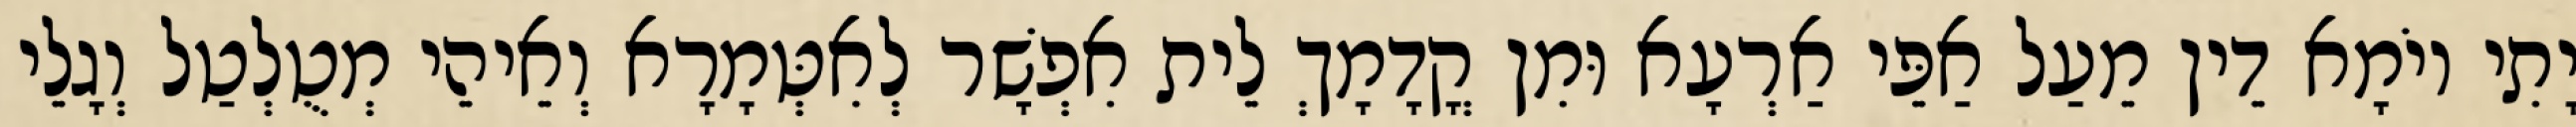
יָתִי יוֹמָא דֵין מֵעַל אַפֵּי אַרְעָא וּמִן קֳדָמָךְ לֵית אִפְשָׁר לְאִטְּמָרָא וְאֵיהֵי מְטֻלְטַל וְגָלֵי